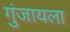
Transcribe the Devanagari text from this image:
गुंजायला